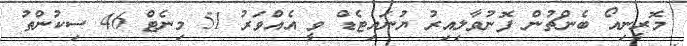
މޮރީނިއޯ ބެންޗުން ފޮނުވާލިއިރު ޔުނައިޓެޑް ވީ އެއްވަރު 51 މިނެޓް 46 ސިކުންތު